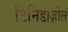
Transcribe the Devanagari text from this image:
टिनिडाज़ोल